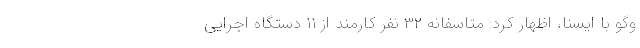
وگو با ایسنا، اظهار کرد: متاسفانه ۳۲ نفر کارمند از ۱۱ دستگاه اجرایی